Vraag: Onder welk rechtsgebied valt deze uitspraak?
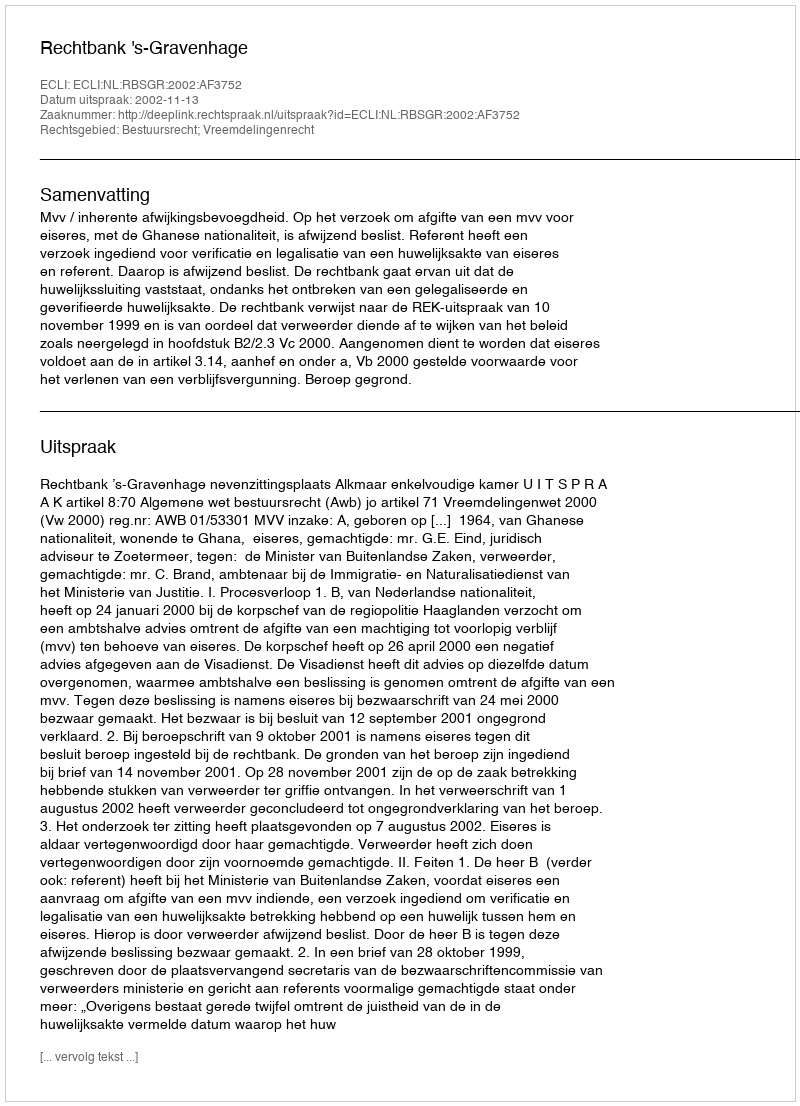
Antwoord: Bestuursrecht; Vreemdelingenrecht